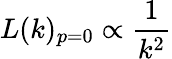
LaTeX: L(k)_{p=0}\propto\frac{1}{k^{2}}